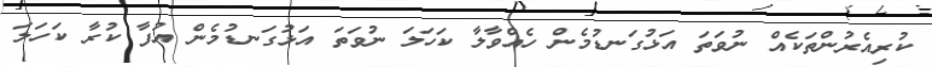
ކުރިއެރުންތަކެއް ނުވަތަ އަޅުގަނޑުމެން ހެއްވާލާ ކަހަލަ ނުވަތަ އަޅުގަނޑުމެން އުފާ ކުރާ ކަހަލަ